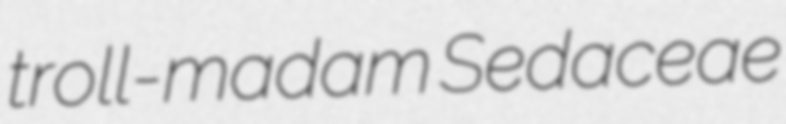
troll-madam Sedaceae